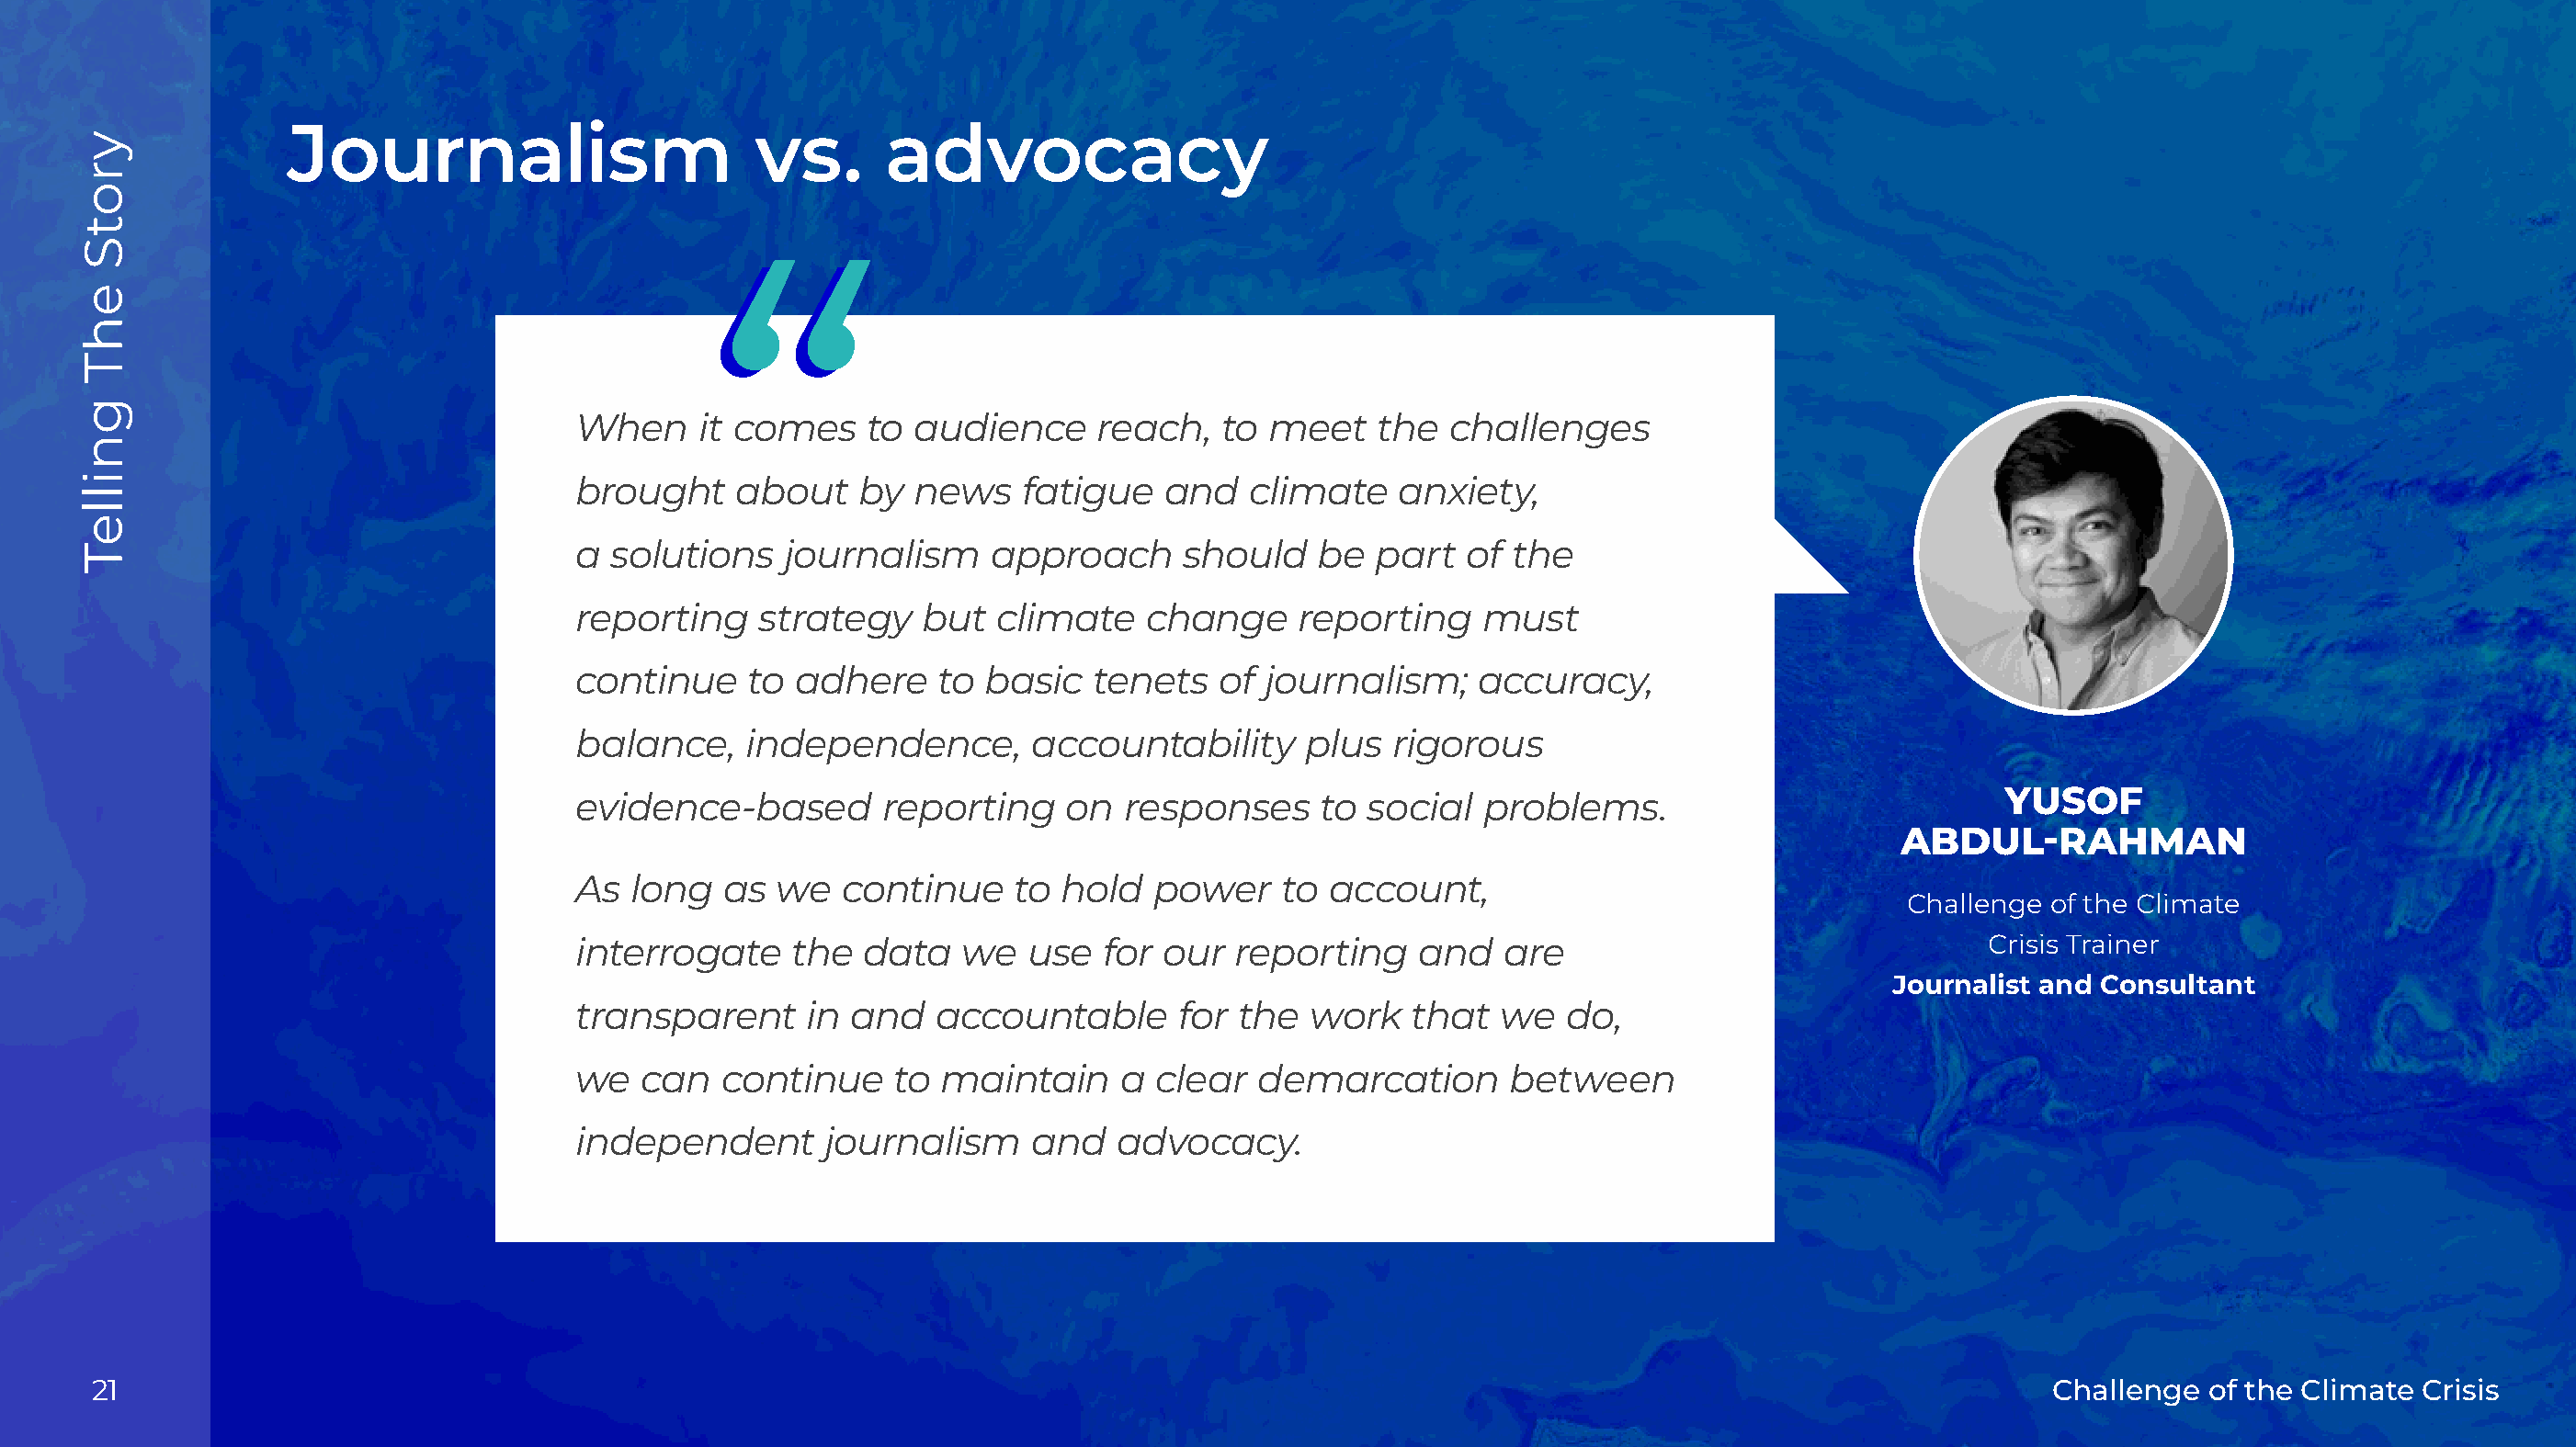
Journalism                       vs.       advocacy
 When     it comes    to  audience     reach,   to meet    the  challenges
 brought     about    by  news    fatigue   and   climate    anxiety,
 a  solutions    journalism    approach      should    be  part   of the
 reporting     strategy   but   climate    change     reporting    must
 continue     to adhere     to basic   tenets   of journalism;    accuracy,
 balance,     independence,       accountability      plus  rigorous
 YUSOF
 evidence-based         reporting    on  responses     to  social  problems.
 ABDUL-RAHMAN
 As  long   as  we   continue    to hold   power    to  account,
 Challenge  of the Climate
 interrogate     the  data   we   use  for  our  reporting    and   are                                Crisis Trainer
 Journalist and Consultant
 transparent      in and   accountable       for the  work    that  we   do,
 we   can   continue    to  maintain     a clear   demarcation       between
 independent       journalism     and   advocacy.
 21                                                                                                                                           Challenge  of the Climate Crisis
 yrotS
 ehT
 gnilleT